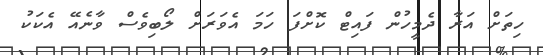
ހިތަށް އަރާ ދެމީހުން ފައިޓް ކޮށްފަ ހަމަ އެވަރަށް ލޯބިވެސް ވާނެއޭ އެކަކު